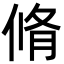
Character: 脩